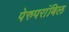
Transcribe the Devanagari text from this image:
पेरुपरांबिल